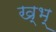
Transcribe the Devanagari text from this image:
ख्भ्